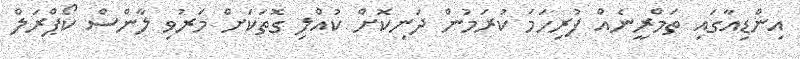
އިންޑިއާގައި ތަމްރީނެއް ފުރިހަމަ ކުރަމުން ދަނިކޮށް ކުއްލި ގޮތަކަށް މަރުވި ލާންސް ކޯޕްރަލް